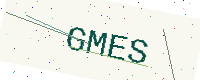
Text: GMES